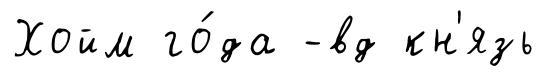
Хойм го́да -вд кн'язь